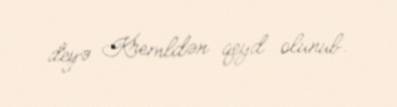
deyə Kremldən qeyd olunub.